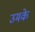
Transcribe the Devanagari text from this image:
उमके